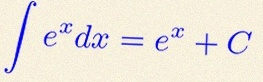
\int e^x dx=e^x+C